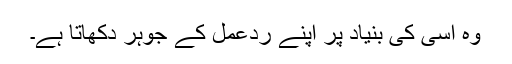
وہ اسی کی بنیاد پر اپنے ردعمل کے جوہر دکھاتا ہے۔